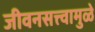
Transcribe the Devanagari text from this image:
जीवनसत्त्वामुळे